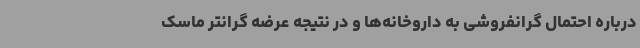
درباره احتمال گرانفروشی به داروخانه‌ها و در نتیجه عرضه گرانتر ماسک